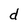
Character: d